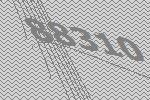
88310